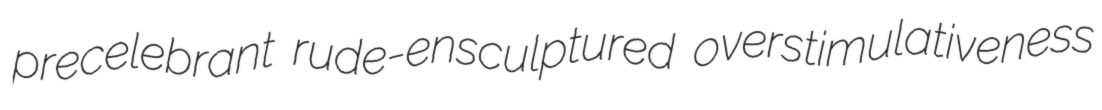
precelebrant rude-ensculptured overstimulativeness